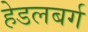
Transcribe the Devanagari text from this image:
हेडलबर्ग